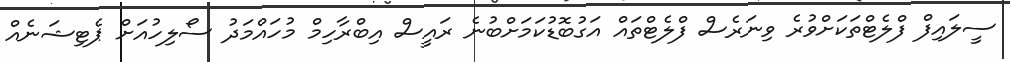
ސީލައިފް ފްލެޓްތަކަށްވުރެ ވިނަރެސް ފްލެޓްތައް އަގުބޮޑުކަމަށްބުނެ ރައީސް އިބްރާހިމް މުހައްމަދު ސޯލިހުއަށް ޕެޓިޝަނެއް